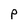
Character: P